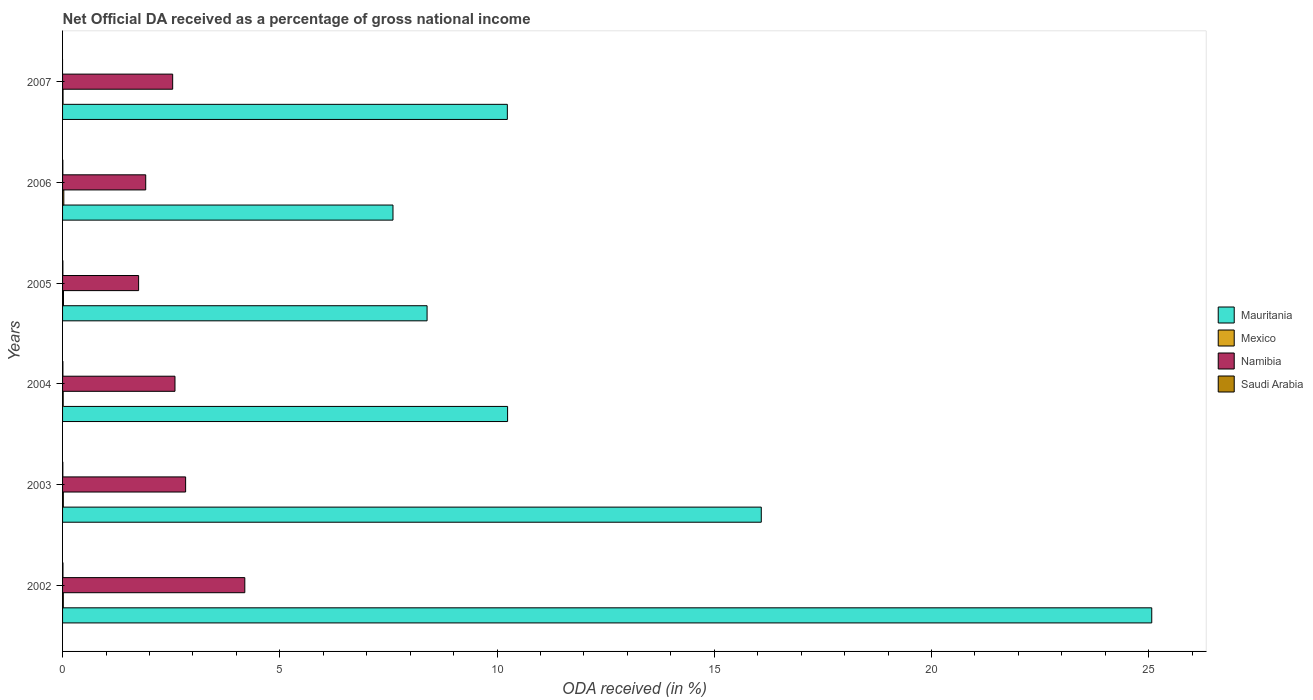
| Years | Mauritania | Mexico | Namibia | Saudi Arabia |
 | --- | --- | --- | --- | --- |
 | 2002 | 25.1 | 0.0172 | 4.19 | 0.0091 |
 | 2003 | 16.1 | 0.0176 | 2.83 | 0.00647 |
 | 2004 | 10.2 | 0.0142 | 2.59 | 0.00778 |
 | 2005 | 8.39 | 0.0212 | 1.75 | 0.00751 |
 | 2006 | 7.61 | 0.0286 | 1.91 | 0.00631 |
 | 2007 | 10.2 | 0.0111 | 2.53 | -0.031 |